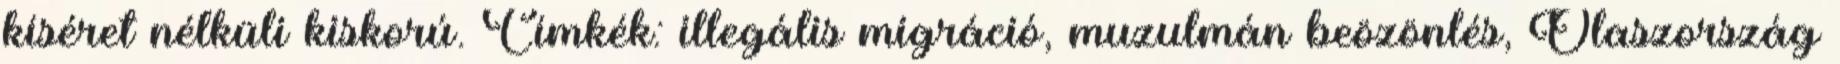
kíséret nélküli kiskorú. Címkék: illegális migráció, muzulmán beözönlés, Olaszország